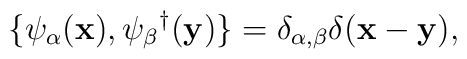
\{\psi_\alpha({\bf x}), \psi_\beta{}^\dagger({\bf y})\} =\delta_{\alpha,\beta}\delta({\bf x - y}),